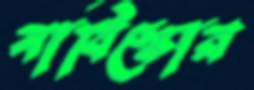
নাবিস্কোর